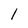
Character: l